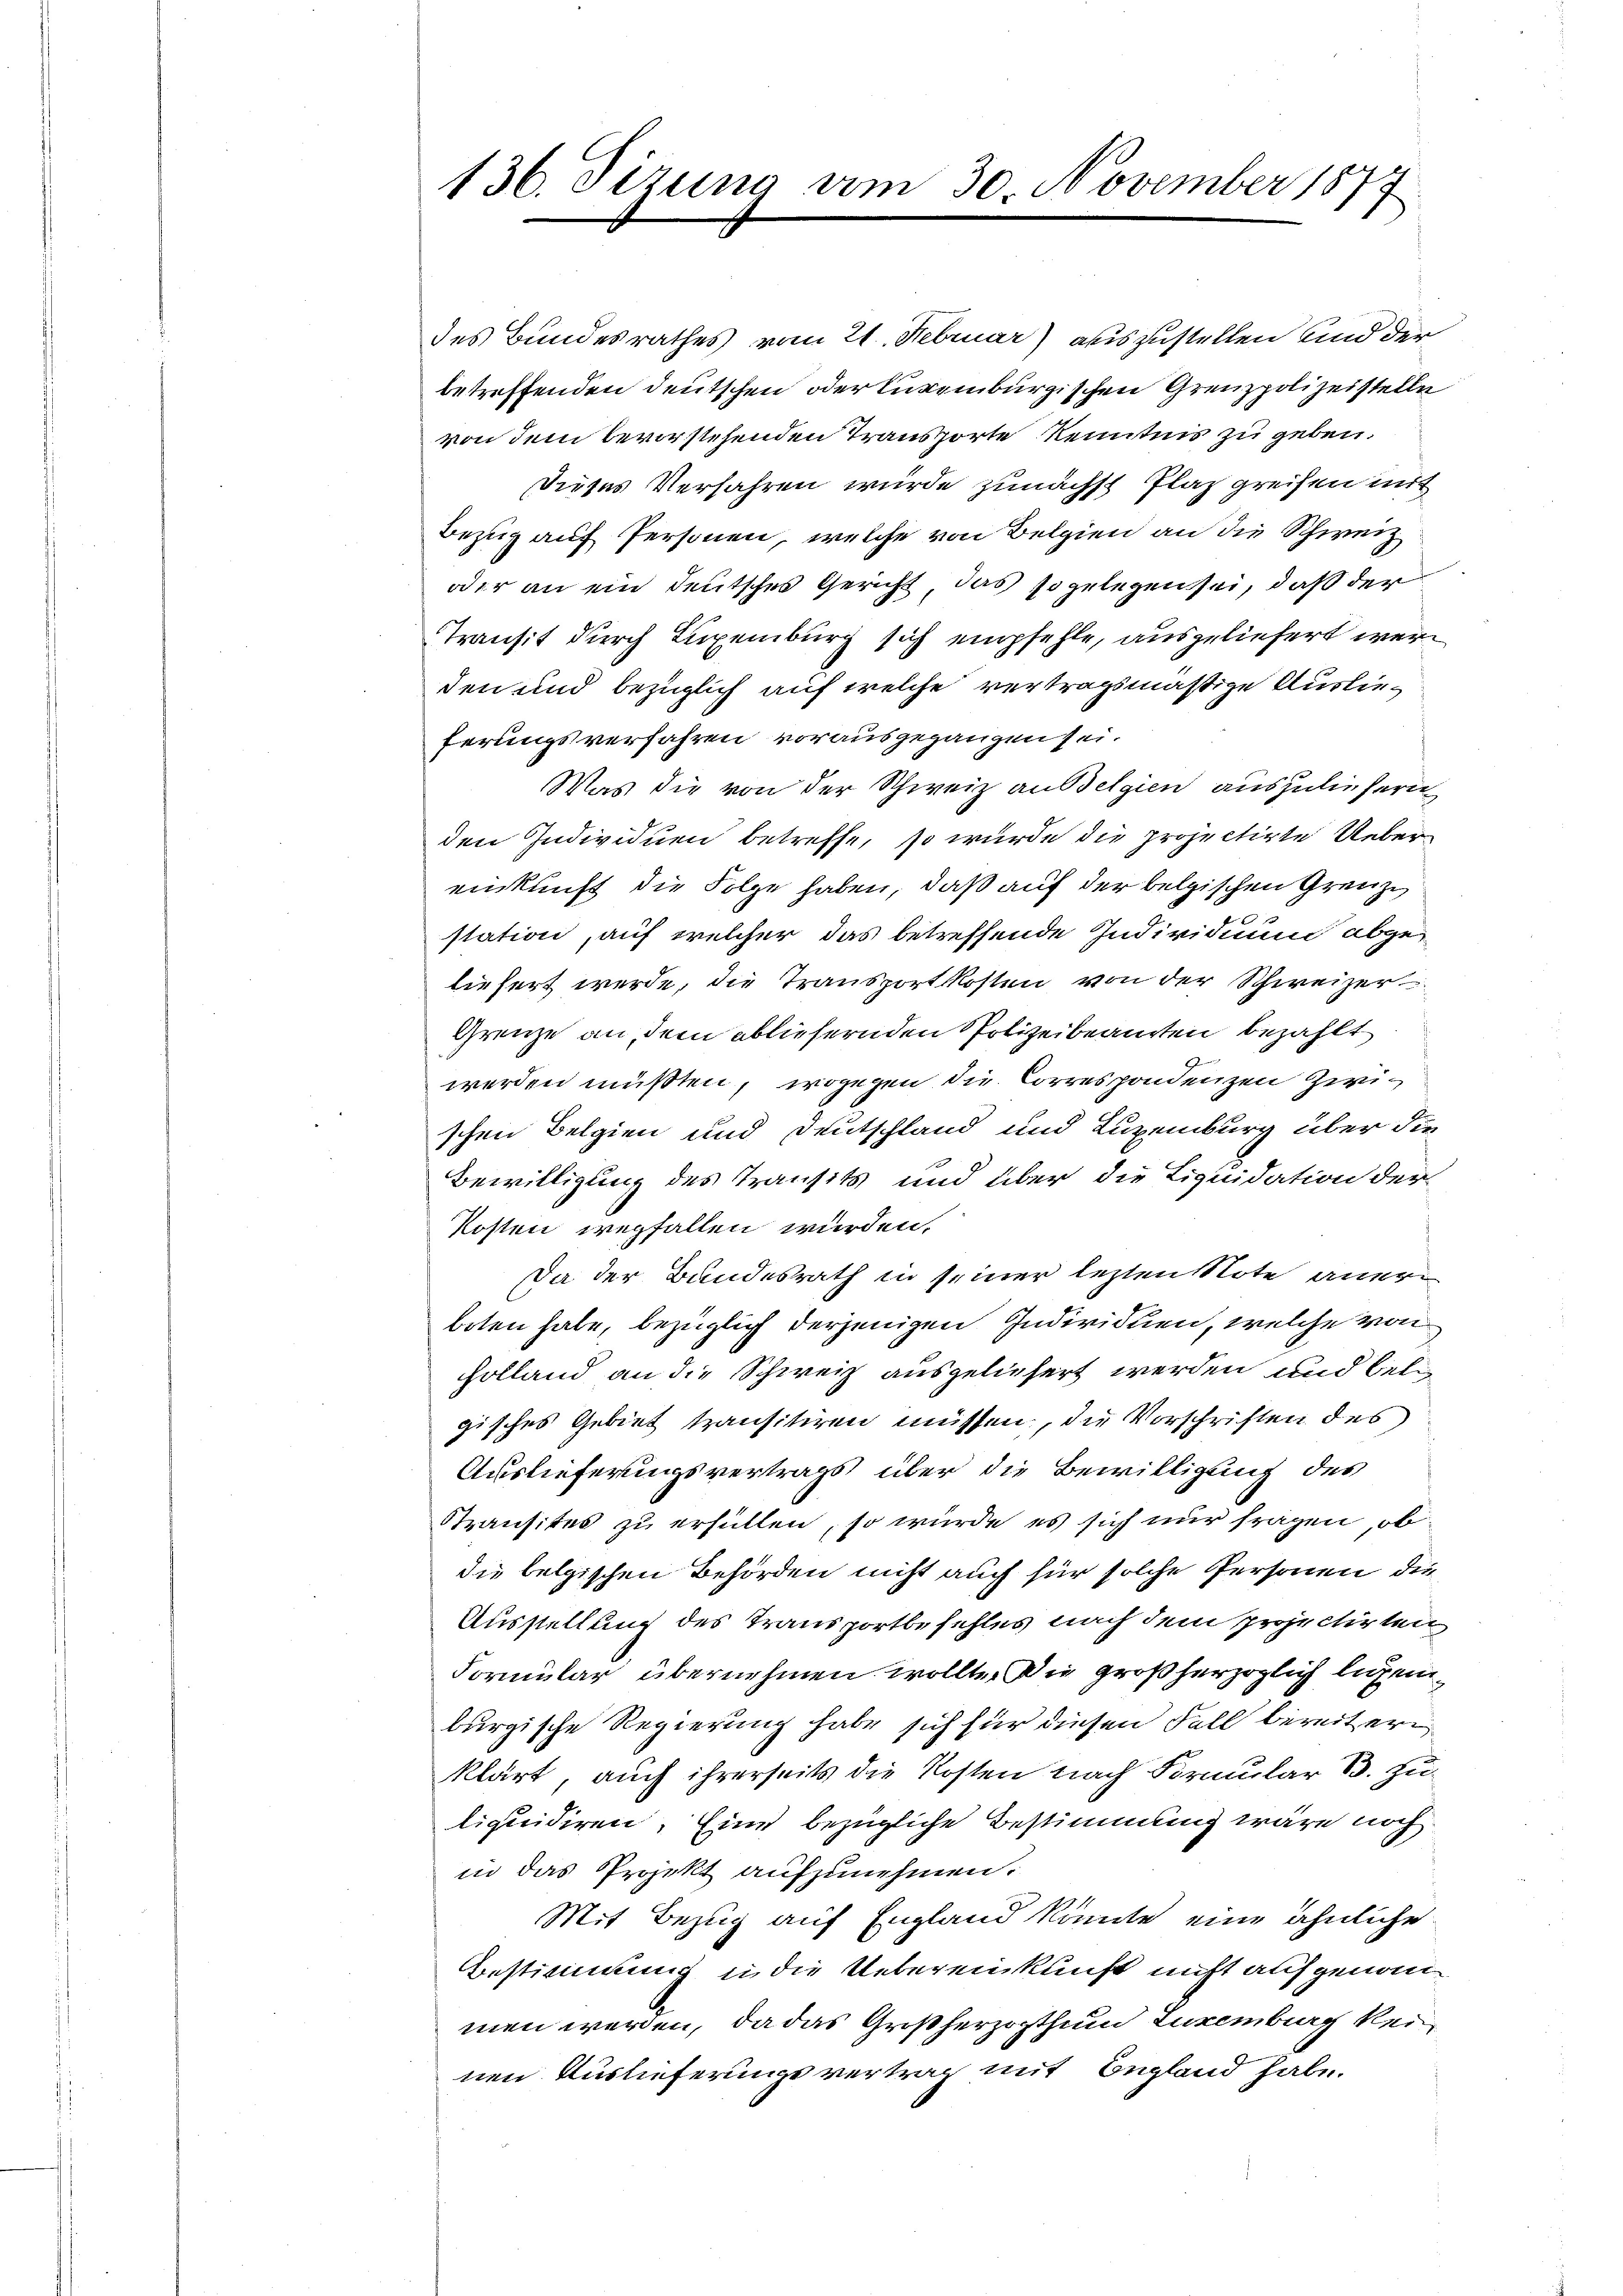
136. Sezung am 30. November 1877

des Bundesrathes vom 21. Februar) auszustellen und der
betreffenden deutschen oder Luxenburgischen Grenzpolizeistelle
von dem bevorstehenden Transporte Kenntnis zu geben.
Dieses Verfahren wurde zunächst Plaz greifen mit
Bezug auf Personen, welche von Belgien an die Schweiz
oder an ein deutsches Gericht das so gelegen sei, daß der
Transit durch Luxenburg sich empfehle, ausgeliefert werden und bezüglich auf welche vertragsmäßige Auslieferungsverfahren vorausgegangen sei.
Was die von der Schweiz an Belgien auszuliefern
den Individuen betreffe, so wurde die projectirte Uebereinkunft die Folge haben, daß auf der belgischen Grenze
station, auf welcher das betreffende Individuum abgeliefert werde, die Transportkosten von der Schweizer¬
Grenze an, dem abliefernden Polizeibeamten bezahlt
werden müßten, wogegen die Correspondenzen Zwischen Belgien und Deutschland und Luxenburg über die
Bewilligung des Transits und über die Liquidation der
Kosten wegfallen wurden,
Da der Bundesrath in seiner lezten Note anerboten habe, bezüglich derjenigen Individuen, welche von
Holland an die Schweiz ausgeliefert werden und bel
gisches Gebiet transitiren müssen, die Vorschriften des
Auslieferungsvertrags über die Bewilligung des
Stransites zu erfüllen, so würde es sich nur fragen, ob
die belgischen Behörden nicht auch für solche Personen die
Ausstellung des Transportbefehles nach dem projectirten
Formular übernehmen wollte. Die großherzoglich legenburgische Regierung habe sich für diesen Fall bereitern
klärt, auch ihrerseits die Kosten nach Formular 83. Zuliquidiren. Eine bezügliche Bestimmung wäre noch
in das Projekt aufzunehmen.
Mit Bezug auf England könnte, eine ähnliche
Bestimmung in die Uebereinkunft nicht aufgenom
men werden, da das Großherzogthum Luxenburg kein
nen Auslieferungsvertrag mit Begland habe.